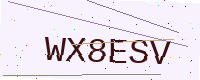
Text: WX8ESV